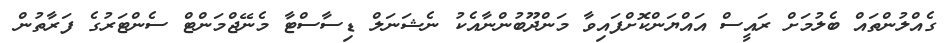
ގެއްލުންތައް ބެލުމަށް ރައީސް އައްޔަންކޮށްފައިވާ މަންދޫބުންނާއެކު ނެޝަނަލް ޑިސާސްޓާ މެނޭޖްމަންޓް ސެންޓަރުގެ ފަރާތުން